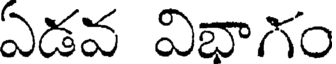
ఏడవ విభాగం